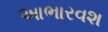
આભારવશ